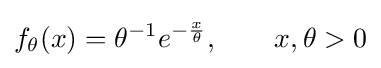
f_{\theta }(x)=\theta ^{-1}e^{-{\frac {x}{\theta }}},\qquad x,\theta >0